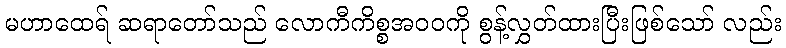
မဟာထေရ် ဆရာတော်သည် လောကီကိစ္စအဝဝကို စွန့်လွှတ်ထားပြီးဖြစ်သော် လည်း